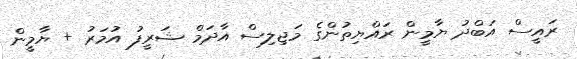
ރައީސް އަބްދު ޔާމީން ރައްޔިތުންގެ މަޖިލިސް އާދަމް ޝަރީފު އުމަރު + ޔާމީން